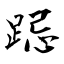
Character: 跽